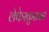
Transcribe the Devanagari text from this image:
लेफेरकुसनने